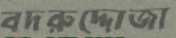
বদরুদ্দোজা